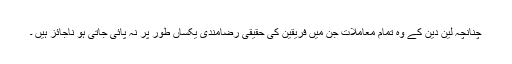
چنانچہ لین دین کے وہ تمام معاملات جن میں فریقین کی حقیقی رضامندی یکساں طور پر نہ پائی جاتی ہو ناجائز ہیں ۔